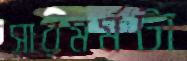
সারমর্মটা